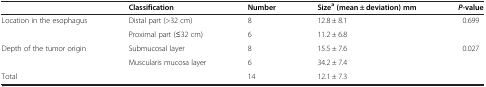
<table><thead><tr><td><b> </b></td><td><b>Classification</b></td><td><b>Number</b></td><td><b>Size<sup>a </sup>(mean ± deviation) mm</b></td><td><b><i>P</i>-value</b></td></tr></thead><tbody><tr><td rowspan="2">Location in the esophagus</td><td>Distal part (&gt;32 cm)</td><td>8</td><td>12.8 ± 8.1</td><td rowspan="2">0.699</td></tr><tr><td>Proximal part (≤32 cm)</td><td>6</td><td>11.2 ± 6.8</td></tr><tr><td rowspan="2">Depth of the tumor origin</td><td>Submucosal layer</td><td>8</td><td>15.5 ± 7.6</td><td rowspan="2">0.027</td></tr><tr><td>Muscularis mucosa layer</td><td>6</td><td>34.2 ± 7.4</td></tr><tr><td colspan="2">Total</td><td>14</td><td>12.1 ± 7.3</td><td> </td></tr></tbody></table>